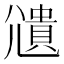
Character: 𫵒